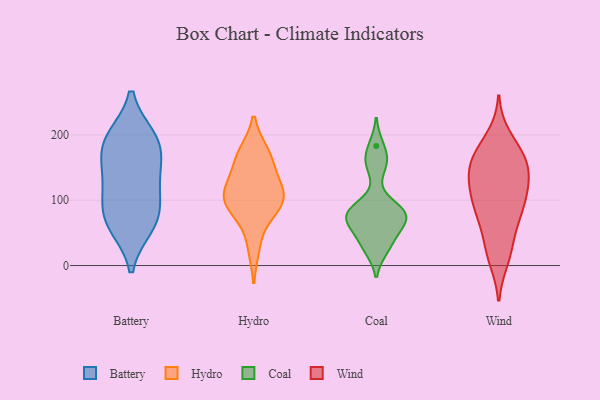
{"axis": {"x": "Bounce Rate (%)", "y": "Value"}, "legend": ["Battery", "Coal", "Hydro", "Wind"], "data": [{"x": "", "y": 195, "type": "Battery"}, {"x": "", "y": 164, "type": "Battery"}, {"x": "", "y": 123, "type": "Battery"}, {"x": "", "y": 61, "type": "Battery"}, {"x": "", "y": 74, "type": "Battery"}, {"x": "", "y": 140, "type": "Battery"}, {"x": "", "y": 188, "type": "Battery"}, {"x": "", "y": 193, "type": "Battery"}, {"x": "", "y": 67, "type": "Battery"}, {"x": "", "y": 100, "type": "Battery"}, {"x": "", "y": 131, "type": "Hydro"}, {"x": "", "y": 86, "type": "Hydro"}, {"x": "", "y": 157, "type": "Hydro"}, {"x": "", "y": 108, "type": "Hydro"}, {"x": "", "y": 112, "type": "Hydro"}, {"x": "", "y": 172, "type": "Hydro"}, {"x": "", "y": 99, "type": "Hydro"}, {"x": "", "y": 108, "type": "Hydro"}, {"x": "", "y": 83, "type": "Hydro"}, {"x": "", "y": 29, "type": "Hydro"}, {"x": "", "y": 171, "type": "Hydro"}, {"x": "", "y": 85, "type": "Coal"}, {"x": "", "y": 154, "type": "Coal"}, {"x": "", "y": 78, "type": "Coal"}, {"x": "", "y": 29, "type": "Coal"}, {"x": "", "y": 87, "type": "Coal"}, {"x": "", "y": 159, "type": "Coal"}, {"x": "", "y": 62, "type": "Coal"}, {"x": "", "y": 80, "type": "Coal"}, {"x": "", "y": 26, "type": "Coal"}, {"x": "", "y": 76, "type": "Coal"}, {"x": "", "y": 69, "type": "Coal"}, {"x": "", "y": 183, "type": "Coal"}, {"x": "", "y": 46, "type": "Coal"}, {"x": "", "y": 140, "type": "Wind"}, {"x": "", "y": 78, "type": "Wind"}, {"x": "", "y": 123, "type": "Wind"}, {"x": "", "y": 84, "type": "Wind"}, {"x": "", "y": 63, "type": "Wind"}, {"x": "", "y": 155, "type": "Wind"}, {"x": "", "y": 23, "type": "Wind"}, {"x": "", "y": 196, "type": "Wind"}, {"x": "", "y": 126, "type": "Wind"}, {"x": "", "y": 93, "type": "Wind"}, {"x": "", "y": 168, "type": "Wind"}, {"x": "", "y": 176, "type": "Wind"}, {"x": "", "y": 11, "type": "Wind"}, {"x": "", "y": 159, "type": "Wind"}, {"x": "", "y": 166, "type": "Wind"}, {"x": "", "y": 24, "type": "Wind"}, {"x": "", "y": 88, "type": "Wind"}, {"x": "", "y": 133, "type": "Wind"}, {"x": "", "y": 114, "type": "Wind"}]}